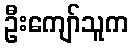
ဦးကျော်သူက